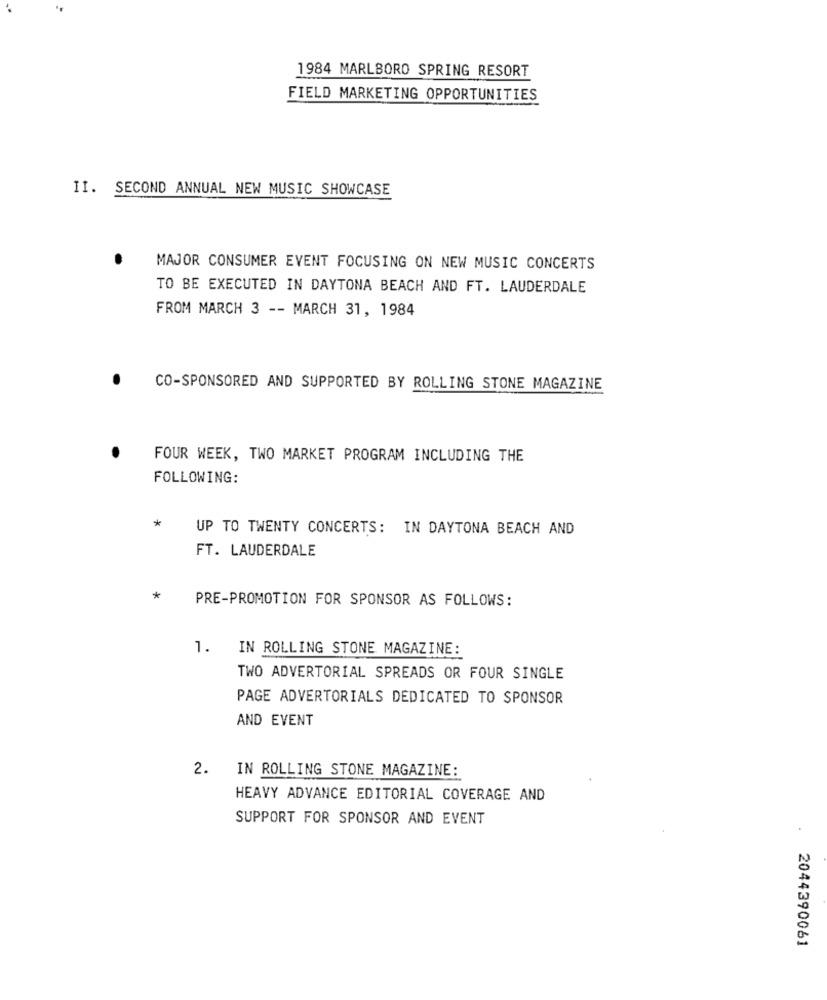
1984 MARLBORO SPRING RESORT
FIELD MARKETING OPPORTUNITIES
II. SECOND ANNUAL NEW MUSIC SHOWCASE
MAJOR CONSUMER EVENT FOCUSING ON NEW MUSIC CONCERTS
TO BE EXECUTED IN DAYTONA BEACH AND FT. LAUDERDALE
FROM MARCH 3 -- MARCH 31, 1984
CO-SPONSORED AND SUPPORTED BY ROLLING STONE MAGAZINE
FOUR WEEK, TWO MARKET PROGRAM INCLUDING THE
FOLLOWING:
*
UP TO TWENTY CONCERTS: IN DAYTONA BEACH AND
FT. LAUDERDALE
*
PRE-PROMOTION FOR SPONSOR AS FOLLOWS:
1. IN ROLLING STONE MAGAZINE:
TWO ADVERTORIAL SPREADS OR FOUR SINGLE
PAGE ADVERTORIALS DEDICATED TO SPONSOR
AND EVENT
2.
IN ROLLING STONE MAGAZINE:
HEAVY ADVANCE EDITORIAL COVERAGE AND
SUPPORT FOR SPONSOR AND EVENT
2044390061